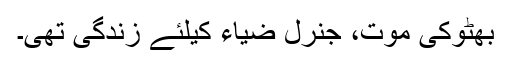
بھٹوکی موت، جنرل ضیاء کیلئے زندگی تھی۔